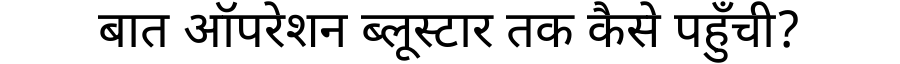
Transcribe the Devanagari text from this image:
बात ऑपरेशन ब्लूस्टार तक कैसे पहुँची?